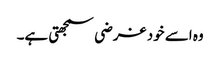
وہ اسے خود غرضی سمجھتی ہے۔